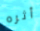
أثره